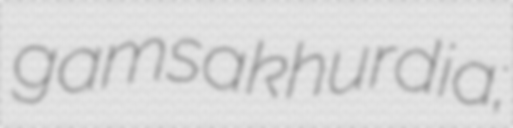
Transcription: gamsakhurdia;